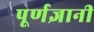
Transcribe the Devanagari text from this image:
पूर्णज्ञानी